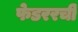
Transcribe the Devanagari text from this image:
फेडररची